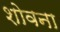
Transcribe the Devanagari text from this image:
शोवना